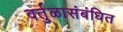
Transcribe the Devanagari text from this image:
वर्तुळासंबंधित